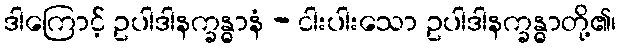
ဒါကြောင့် ဥပါဒါနက္ခန္ဓာနံ - ငါးပါးသော ဥပါဒါနက္ခန္ဓာတို့၏၊